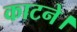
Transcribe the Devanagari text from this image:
काटने।